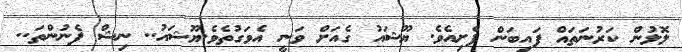
ލޮލުން ކަރުނަތައް ފައިބަން ފެށިއެވެ. ޔޫޝައު ގެއަށް ވަނީ އެވަގުތެވެ.ޔޫޝައު.. ނިޝް ފެނުންތަ..